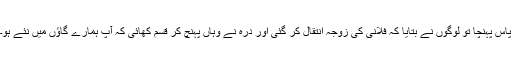
پاس پہنچا تو لوگوں نے بتایا کہ فلانی کی زوجہ انتقال کر گئی اور درہ نے وہاں پہنچ کر قسم کھائی کہ آپ ہمارے گاؤں میں نئے ہو۔